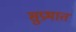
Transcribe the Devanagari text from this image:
सुप्रभातं